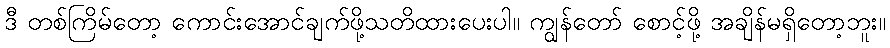
ဒီ တစ်ကြိမ်တော့ ကောင်းအောင်ချက်ဖို့သတိထားပေးပါ။ ကျွန်တော် စောင့်ဖို့ အချိန်မရှိတော့ဘူး။